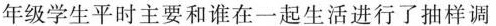
年级学生平时主要和谁在一起生活进行了抽样调